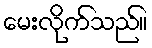
မေးလိုက်သည်။